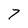
Character: 7